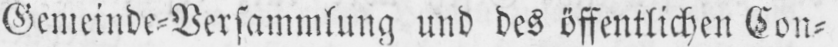
Gemeinde⸗Versammlung und des öffentlichen Con⸗